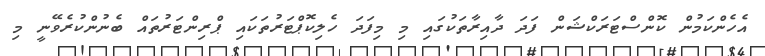
އެހެންކަމުން ކޮންސްޓަރަކްޝަން ފަދަ ދާއިރާތަކުގައި މި މިފަދަ ހެލިކޮޕްޓަރުތަކައި ޕްރިންޓަރުތައް ބެނުންކުރެވޭނީ މި